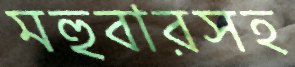
মহুবারসহ